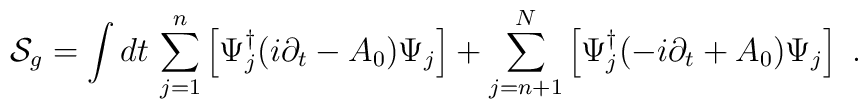
{\cal S}_{g}=\int dt\, \sum_{j=1}^n \left[ \Psi_j^\dagger (i\partial_t -A_0)\Psi_j \right] + \sum_{j=n+1}^N \left[ \Psi_j^\dagger (-i\partial_t +A_0)\Psi_j \right]~.